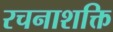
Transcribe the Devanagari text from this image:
रचनाशक्ति